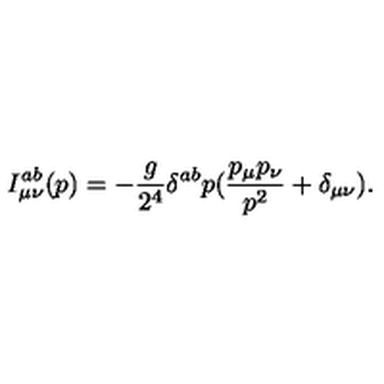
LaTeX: I _ { \mu \nu } ^ { a b } ( p ) = - \frac { g } { 2 ^ { 4 } } \delta ^ { a b } p ( \frac { p _ { \mu } p _ { \nu } } { p ^ { 2 } } + \delta _ { \mu \nu } ) .